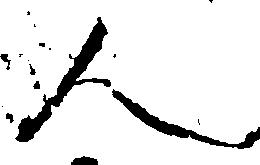
人